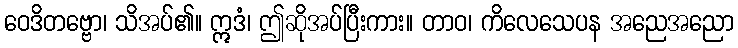
ဝေဒိတဗ္ဗော၊ သိအပ်၏။ ဣဒံ၊ ဤဆိုအပ်ပြီးကား။ တာဝ၊ ကိလေသေပန အညေအညော